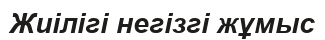
Жиілігі негізгі жұмыс